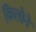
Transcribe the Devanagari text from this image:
किलोने